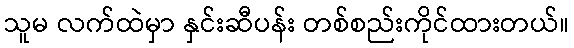
သူမ လက်ထဲမှာ နှင်းဆီပန်း တစ်စည်းကိုင်ထားတယ်။